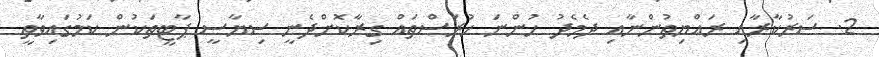
2. ސަރުކާރާއި ރައްޔިތުންނާއި ދެމެދު ހުންނަ ހުރަސްތައް ގިރާކޮށްދެނީ ސިޔާސީ ޕާޓީތަކުން ކަމުގައިވާތީ